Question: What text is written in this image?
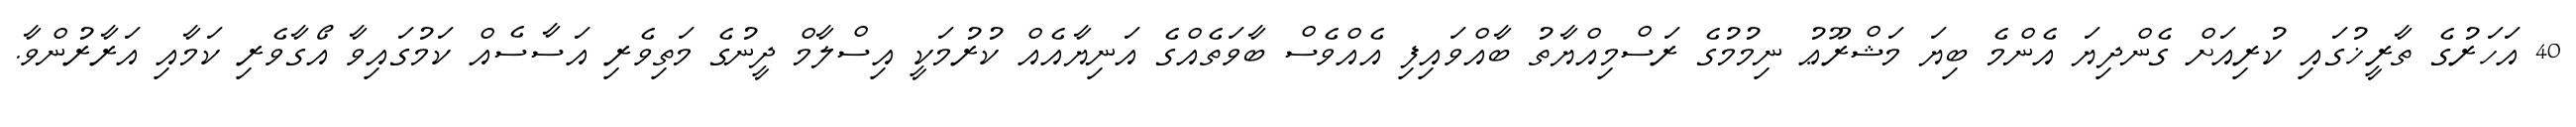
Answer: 40 އަހަރުގެ ތާރީޚުގައި ކުރިއަށް ގެންދިޔަ އެންމެ ބިޔަ މަޝްރޫޢު ނިމުމުގެ ރަސްމިއްޔާތު ބާއްވައިފި އެއްވެސް ބާވަތެއްގެ އަނިޔާއެއް ކުރުމަކީ އިސްލާމް ދީނުގެ މަތިވެރި އަސާސެއް ކަމުގައިވާ އޯގާވެރި ކަމާއި އަރާރުންވާ.